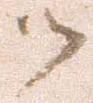
御